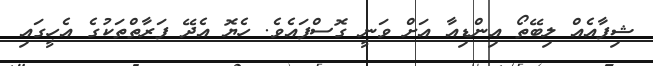
ޝިފާއެއް ލިބޭތޯ އިންޑިއާ އަށް ވަނީ ގޮސްފައެވެ. ހެޔޮ އެދޭ ފަރާތްތަކުގެ އެހީގައި